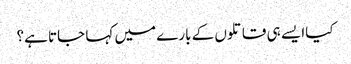
کیاا یسے ہی قاتلوں کے بارے میں کہا جاتا ہے؟